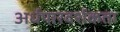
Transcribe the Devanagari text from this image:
अर्धपारदर्शकता